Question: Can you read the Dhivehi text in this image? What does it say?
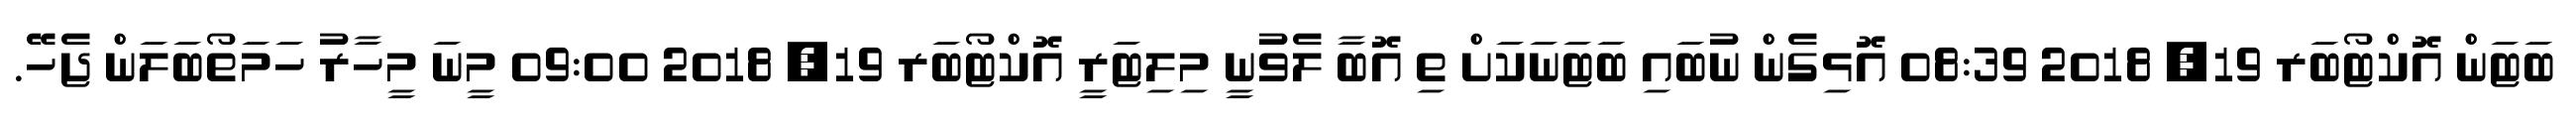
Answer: ބަޓަން އޮކްޓޯބަރ 19, 2018 08:39 އޮޅިގެން ނުބައި ބަޓަނަކަށް ތި އޮބާ ލެވުނީ މިލިޓަރީ އޮކްޓޯބަރ 19, 2018 09:00 މީނަ މީހާރު ހަމަތޯބަލަން ޖެހޭ.